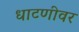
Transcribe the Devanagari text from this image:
धाटणीवर